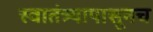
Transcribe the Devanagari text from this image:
स्वातंत्र्यापासूनच